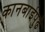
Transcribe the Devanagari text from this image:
कानबाईपुढे